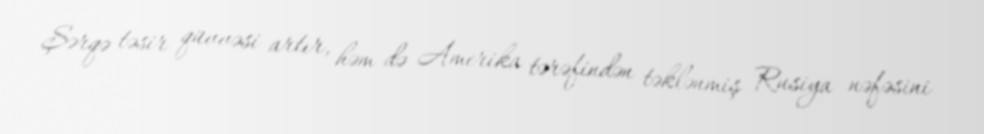
Şərqə təsir qüvvəsi artır, həm də Amerika tərəfindən təklənmiş Rusiya nəfəsini